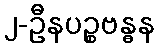
၂-ဦနပဉ္စဗန္ဓန